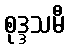
စုဒ္ဒသမီ